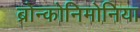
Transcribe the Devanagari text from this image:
ब्रोन्कोनिमोनिया